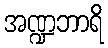
အဏ္ဍဘာရိ